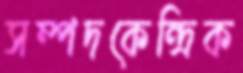
সম্পদকেন্দ্রিক